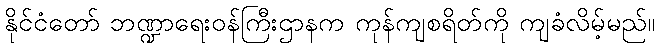
နိုင်ငံတော် ဘဏ္ဍာရေးဝန်ကြီးဌာနက ကုန်ကျစရိတ်ကို ကျခံလိမ့်မည်။